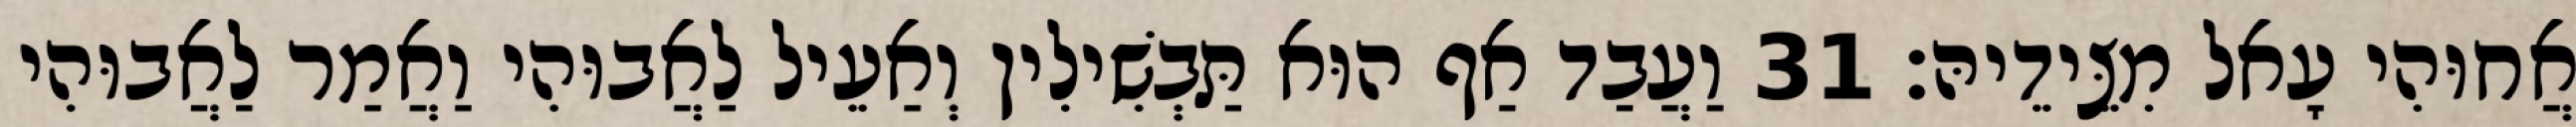
אֲחוּהִי עָאל מִצֵּידֵיהּ׃ 31 וַעֲבַד אַף הוּא תַּבְשִׁילִין וְאַעֵיל לַאֲבוּהִי וַאֲמַר לַאֲבוּהִי